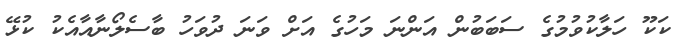
ކަކޫ ހަލާކުވުމުގެ ސަބަބުން އަންނަ މަހުގެ އަށް ވަނަ ދުވަހު ބާސެލޯނާއާއެކު ކުޅޭ